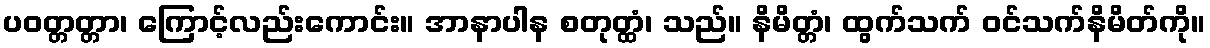
ပဝတ္တတ္တာ၊ ကြောင့်လည်းကောင်း။ အာနာပါန စတုတ္ထံ၊ သည်။ နိမိတ္တံ၊ ထွက်သက် ဝင်သက်နိမိတ်ကို။